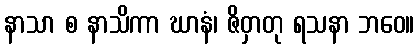
နာသာ စ နာသိကာ ဃာနံ၊ ဇိဝှာတု ရသနာ ဘဝေ။